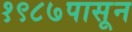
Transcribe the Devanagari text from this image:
१९८७पासून